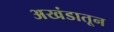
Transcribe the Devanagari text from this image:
अखंडातून